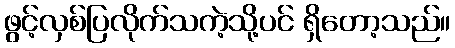
ဖွင့်လှစ်ပြလိုက်သကဲ့သို့ပင် ရှိတော့သည်။